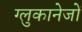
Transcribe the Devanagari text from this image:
ग्लुकानेजों